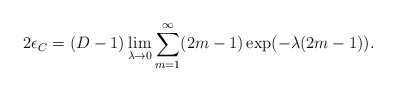
\begin{align*}2 \epsilon_C=(D-1)\lim_{\lambda\to 0}\sum_{m=1}^{\infty}(2m-1)\exp(-\lambda (2m-1)).\end{align*}